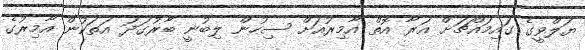
ޔަލްވީގެ ގައިމައްޗަށް އަރާ އޮތް އާމިރުއަށް ސިހުން ލިބުނީ ބާރުގަދަ އަތަކުން އާމިރުގެ